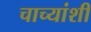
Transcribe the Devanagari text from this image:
चाच्यांशी